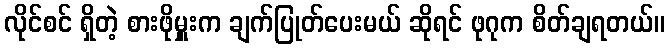
လိုင်စင် ရှိတဲ့ စားဖိုမှူးက ချက်ပြုတ်ပေးမယ် ဆိုရင် ဖုဂုက စိတ်ချရတယ်။